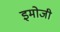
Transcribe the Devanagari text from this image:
इमोजी